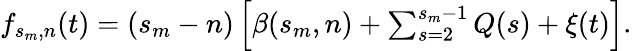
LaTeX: \begin{array}{r}{\begin{array}{ll}{f_{s_{m},n}(t)=(s_{m}-n)\left[\beta(s_{m},n)+\sum_{s=2}^{s_{m}-1}Q(s)+\xi(t)\right].}\end{array}}\end{array}